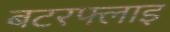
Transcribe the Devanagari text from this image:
बटरफ्लाइ